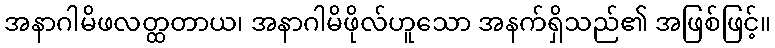
အနာဂါမိဖလတ္ထတာယ၊ အနာဂါမိဖိုလ်ဟူသော အနက်ရှိသည်၏ အဖြစ်ဖြင့်။